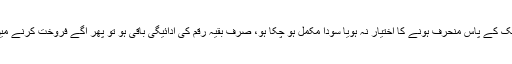
ہاں اگر پراپرٹی مالک کے پاس منحرف ہونے کا اختیار نہ ہویا سودا مکمل ہو چکا ہو، صرف بقیہ رقم کی ادائیگی باقی ہو تو پھر آگے فروخت کرنے میں کوئی حرج نہیں ۔